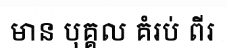
មាន បុគ្គល គំរប់ ពីរ